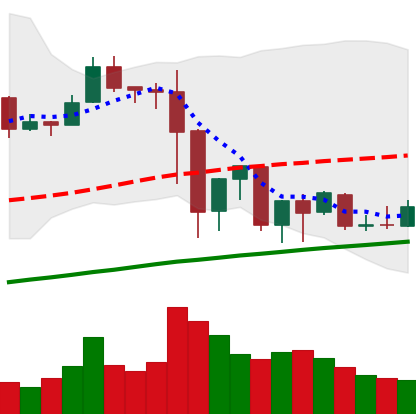
Ticker: EOS-USD
Chart end date: 2019-07-07
Forward return: -19.155%
Label: down_7plus